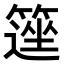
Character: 𥲽